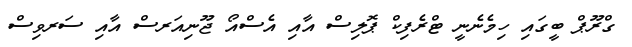
ގްރޫޕް ބީގައި ހިމެނެނީ ޓްރެފިކް ޕޮލިސް އާއި އެސްއޯ ޖޫނިއަރސް އާއި ސަރވިސް